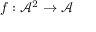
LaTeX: f : { \mathcal { A } } ^ { 2 } \rightarrow { \mathcal { A } }